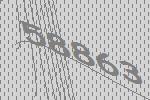
58863